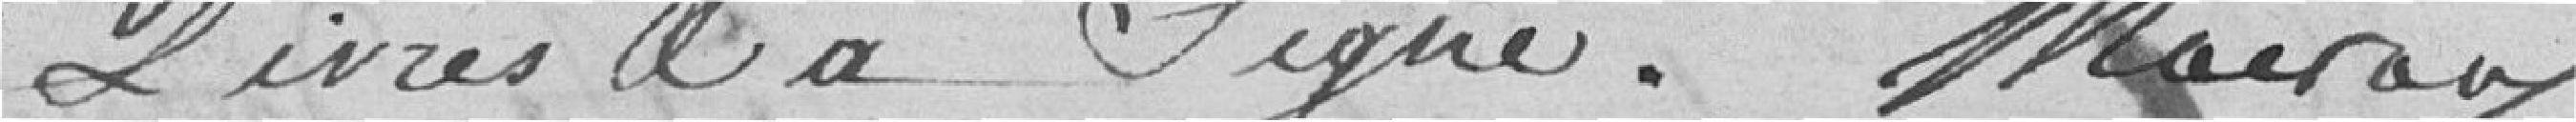
livres et a signé. Mairaud